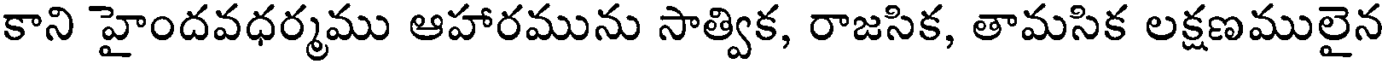
కాని హైందవధర్మము ఆహారమును సాత్విక, రాజసిక, తామసిక లక్షణములైన